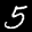
Label: 5